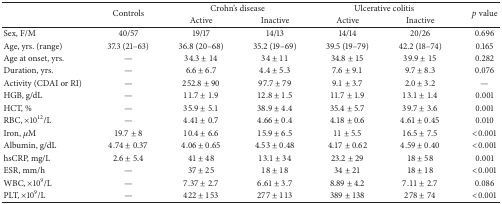
<table><thead><tr><td rowspan="2"><b> </b></td><td rowspan="2"><b>Controls</b></td><td colspan="2"><b>Crohn&#x27;s disease</b></td><td colspan="2"><b>Ulcerative colitis</b></td><td rowspan="2"><b><i>p</i> value</b></td></tr><tr><td><b>Active</b></td><td><b>Inactive</b></td><td><b>Active</b></td><td><b>Inactive</b></td></tr></thead><tbody><tr><td>Sex, F/M</td><td>40/57</td><td>19/17</td><td>14/13</td><td>14/14</td><td>20/26</td><td>0.696</td></tr><tr><td>Age, yrs. (range)</td><td>37.3 (21–63)</td><td>36.8 (20–68)</td><td>35.2 (19–69)</td><td>39.5 (19–79)</td><td>42.2 (18–74)</td><td>0.165</td></tr><tr><td>Age at onset, yrs.</td><td>—</td><td>34.3 ± 14</td><td>34 ± 11</td><td>34.8 ± 15</td><td>39.9 ± 15</td><td>0.282</td></tr><tr><td>Duration, yrs.</td><td>—</td><td>6.6 ± 6.7</td><td>4.4 ± 5.3</td><td>7.6 ± 9.1</td><td>9.7 ± 8.3</td><td>0.076</td></tr><tr><td>Activity (CDAI or RI)</td><td>—</td><td>252.8 ± 90</td><td>97.7 ± 79</td><td>9.1 ± 3.7</td><td>2.0 ± 3.2</td><td>—</td></tr><tr><td>HGB, g/dL</td><td>—</td><td>11.7 ± 1.9</td><td>12.8 ± 1.5</td><td>11.7 ± 1.9</td><td>13.1 ± 1.4</td><td>0.001</td></tr><tr><td>HCT, %</td><td>—</td><td>35.9 ± 5.1</td><td>38.9 ± 4.4</td><td>35.4 ± 5.7</td><td>39.7 ± 3.6</td><td>0.001</td></tr><tr><td>RBC, ×10<sup>12</sup>/L</td><td>—</td><td>4.41 ± 0.7</td><td>4.66 ± 0.4</td><td>4.18 ± 0.6</td><td>4.61 ± 0.45</td><td>0.010</td></tr><tr><td>Iron, <i>μ</i>M</td><td>19.7 ± 8</td><td>10.4 ± 6.6</td><td>15.9 ± 6.5</td><td>11 ± 5.5</td><td>16.5 ± 7.5</td><td>&lt;0.001</td></tr><tr><td>Albumin, g/dL</td><td>4.74 ± 0.37</td><td>4.06 ± 0.65</td><td>4.53 ± 0.48</td><td>4.17 ± 0.62</td><td>4.59 ± 0.40</td><td>&lt;0.001</td></tr><tr><td>hsCRP, mg/L</td><td>2.6 ± 5.4</td><td>41 ± 48</td><td>13.1 ± 34</td><td>23.2 ± 29</td><td>18 ± 58</td><td>0.001</td></tr><tr><td>ESR, mm/h</td><td>—</td><td>37 ± 25</td><td>18 ± 18</td><td>34 ± 21</td><td>18 ± 18</td><td>&lt;0.001</td></tr><tr><td>WBC, ×10<sup>9</sup>/L</td><td>—</td><td>7.37 ± 2.7</td><td>6.61 ± 3.7</td><td>8.89 ± 4.2</td><td>7.11 ± 2.7</td><td>0.086</td></tr><tr><td>PLT, ×10<sup>9</sup>/L</td><td>—</td><td>422 ± 153</td><td>277 ± 113</td><td>389 ± 138</td><td>278 ± 74</td><td>&lt;0.001</td></tr></tbody></table>